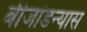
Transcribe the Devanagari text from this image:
बीजांडन्यास